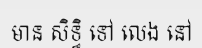
មាន សិទ្ធិ ទៅ លេង នៅ